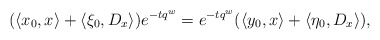
\begin{align*}(\langle x_0,x\rangle+\langle \xi_0,D_x\rangle)e^{-tq^w}=e^{-tq^w}(\langle y_0,x\rangle+\langle \eta_0,D_x\rangle),\end{align*}